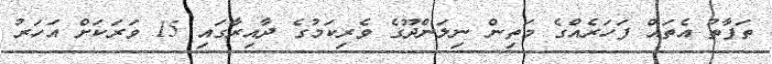
ތަފާތު އެތައް ފަހަރެއްގެ މަތިން ނިލަންދޫގެ ވެރިކަމުގެ ދާއިރާގައި 15 ވަރަކަށް އަހަރު